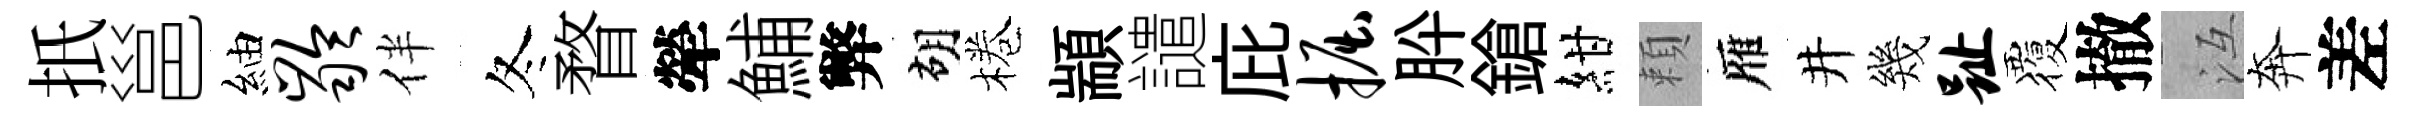
扺邕紬龄伴冬瞀犖鯆弊胡棬顓譴庇掘肸鎗紺頼雁井幾趾覆撤冱奔差